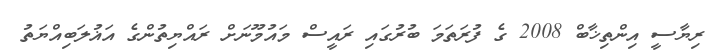
ރިޔާސީ އިންތިޚާބް 2008 ގެ ފުރަތަމަ ބުރުގައި ރައީސް މައުމޫނަށް ރައްޔިތުންގެ އަޣުލަބިއްޔަތު